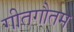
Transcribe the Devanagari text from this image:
गीतगौतम